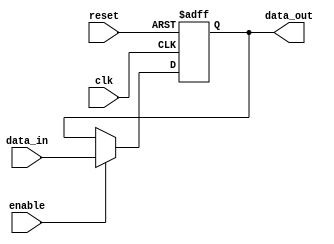
module RC_Delay(
    input wire clk,
    input wire reset,
    input wire enable,
    input wire [7:0] data_in,
    output reg [7:0] data_out
);

reg [7:0] delay_reg;

always @ (posedge clk or posedge reset) begin
    if (reset) begin
        delay_reg <= 8'b00000000;
    end else if (enable) begin
        delay_reg <= data_in;
    end
end

assign data_out = delay_reg;

endmodule